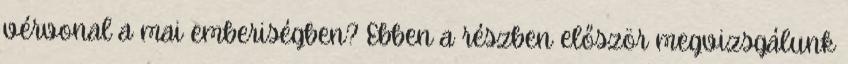
vérvonal a mai emberiségben? Ebben a részben először megvizsgálunk